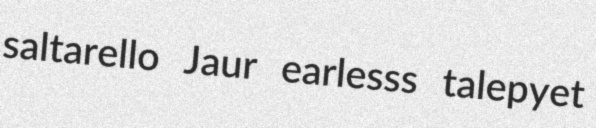
saltarello Jaur earlesss talepyet